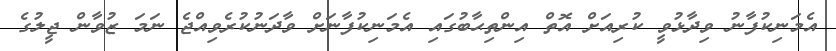
އެމަނިކުފާނު ވިދާޅުވީ ކުރިއަށް އޮތް އިންތިޙާބުގައި އެމަނިކުފާނަށް ވާދަނުކުރެވިއްޖެ ނަމަ ޒުވާން ޖީލުގެ